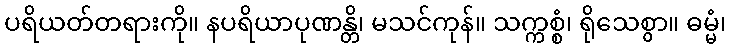
ပရိယတ်တရားကို။ နပရိယာပုဏန္တိ၊ မသင်ကုန်။ သက္ကစ္စံ၊ ရိုသေစွာ။ ဓမ္မံ၊